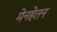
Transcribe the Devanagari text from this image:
मेनहेतन